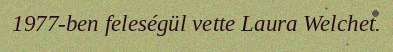
1977-ben feleségül vette Laura Welchet.